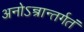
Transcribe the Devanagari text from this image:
अनोऽन्त्रान्तर्गतं